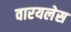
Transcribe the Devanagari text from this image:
वारयलेस